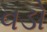
વડો